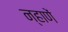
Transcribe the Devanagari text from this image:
न्हाणें